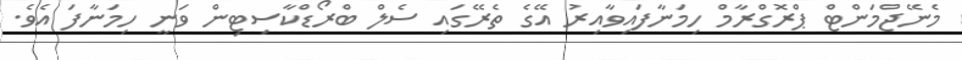
މެނޭޖްމަންޓް ޕްރޮގްރާމް ހިމަނާފައިވާއިރު އޭގެ ތެރޭގައި ސެލް ބްރޯޑްކާސިޓިން ވަނީ ހިމަނާފަ އެވެ.